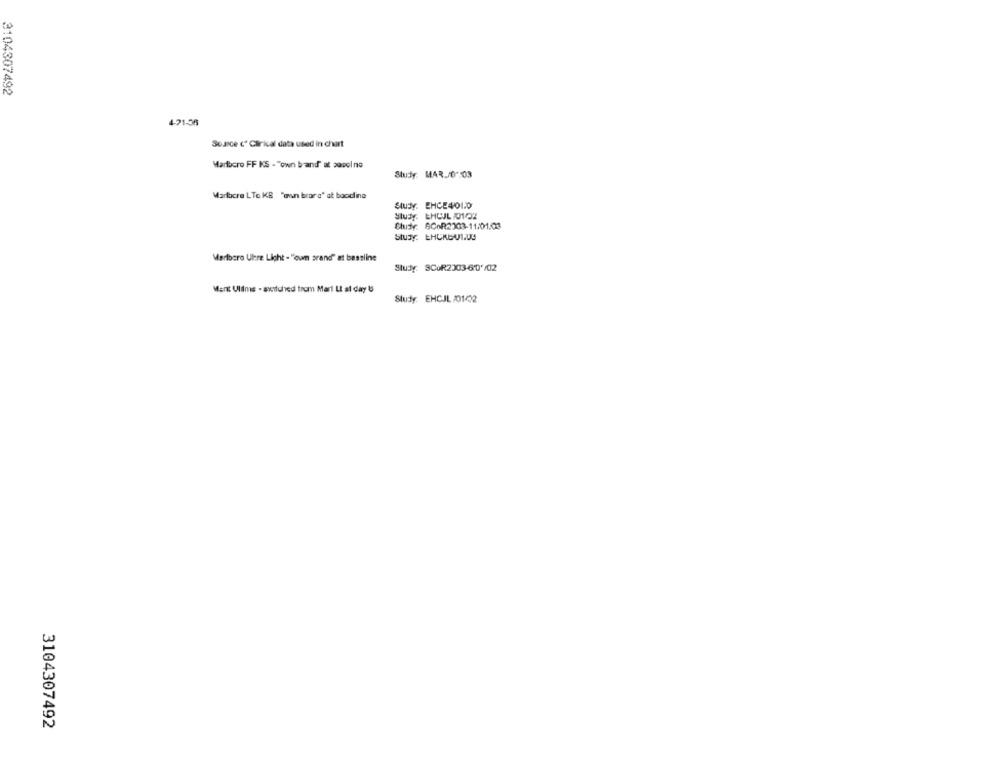
3104307492
4-21-35
Source c' Ctrical data used in chart
Marlboro FF KS - "own brand" at sovel no
Study: MAR.J0 :03
Marlboro LTe KS "en bror a" at boodline
Study: EHCE4010
Study: EHOJL 0102
Study: SCoR2303-11/01.03
Stury: EHCKOU1.US
Marlboro Ulere Light - "oum srand" at bassline
Mant Ultms - switched trom Marl Lt at day &
Study: EHCJL /01/02
3104307492